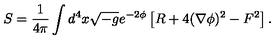
S = \frac { 1 } { 4 \pi } \int d ^ { 4 } x \sqrt { - g } e ^ { - 2 \phi } \left[ R + 4 ( \nabla \phi ) ^ { 2 } - F ^ { 2 } \right] .